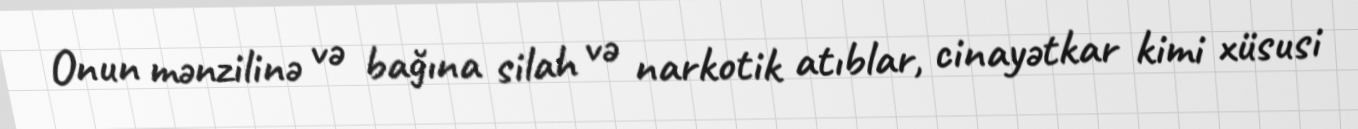
Onun mənzilinə və bağına silah və narkotik atıblar, cinayətkar kimi xüsusi